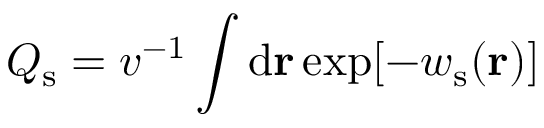
Q _ { \mathrm { s } } = v ^ { - 1 } \int \mathrm { d } \mathbf { r } \exp [ - w _ { \mathrm { s } } ( \mathbf { r } ) ]